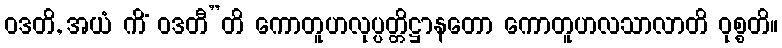
ဝဒတိ, အယံ ကိံ ဝဒတီ”တိ ကောတူဟလုပ္ပတ္တိဋ္ဌာနတော ကောတူဟလသာလာတိ ဝုစ္စတိ။